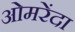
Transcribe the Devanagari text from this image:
ओमरेंदा